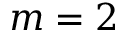
m = 2